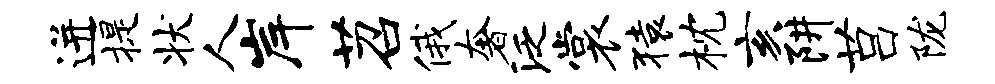
迸提状人岸苕俄奢泛裳猿枕亥阱莒陇